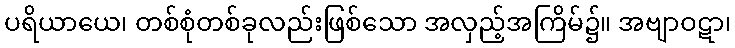
ပရိယာယေ၊ တစ်စုံတစ်ခုလည်းဖြစ်သော အလှည့်အကြိမ်၌။ အဗျာဝဋာ၊